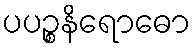
ပပဉ္စနိရောဓော